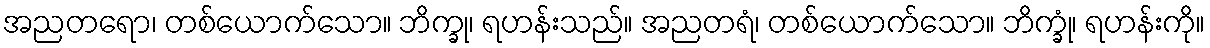
အညတရော၊ တစ်ယောက်သော။ ဘိက္ခု၊ ရဟန်းသည်။ အညတရံ၊ တစ်ယောက်သော။ ဘိက္ခုံ၊ ရဟန်းကို။